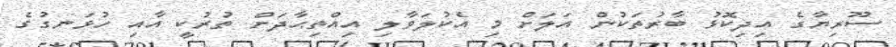
ސޫރިޔާގެ އިދިކޮޅު ބާރުތަކުން އަލަށް މި އެކުލަވާލި އިއްތިޙާދަށް ތުރުކީ އާއި ހުޅަނގުގެ